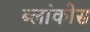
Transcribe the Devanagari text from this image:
ब्लांकोस